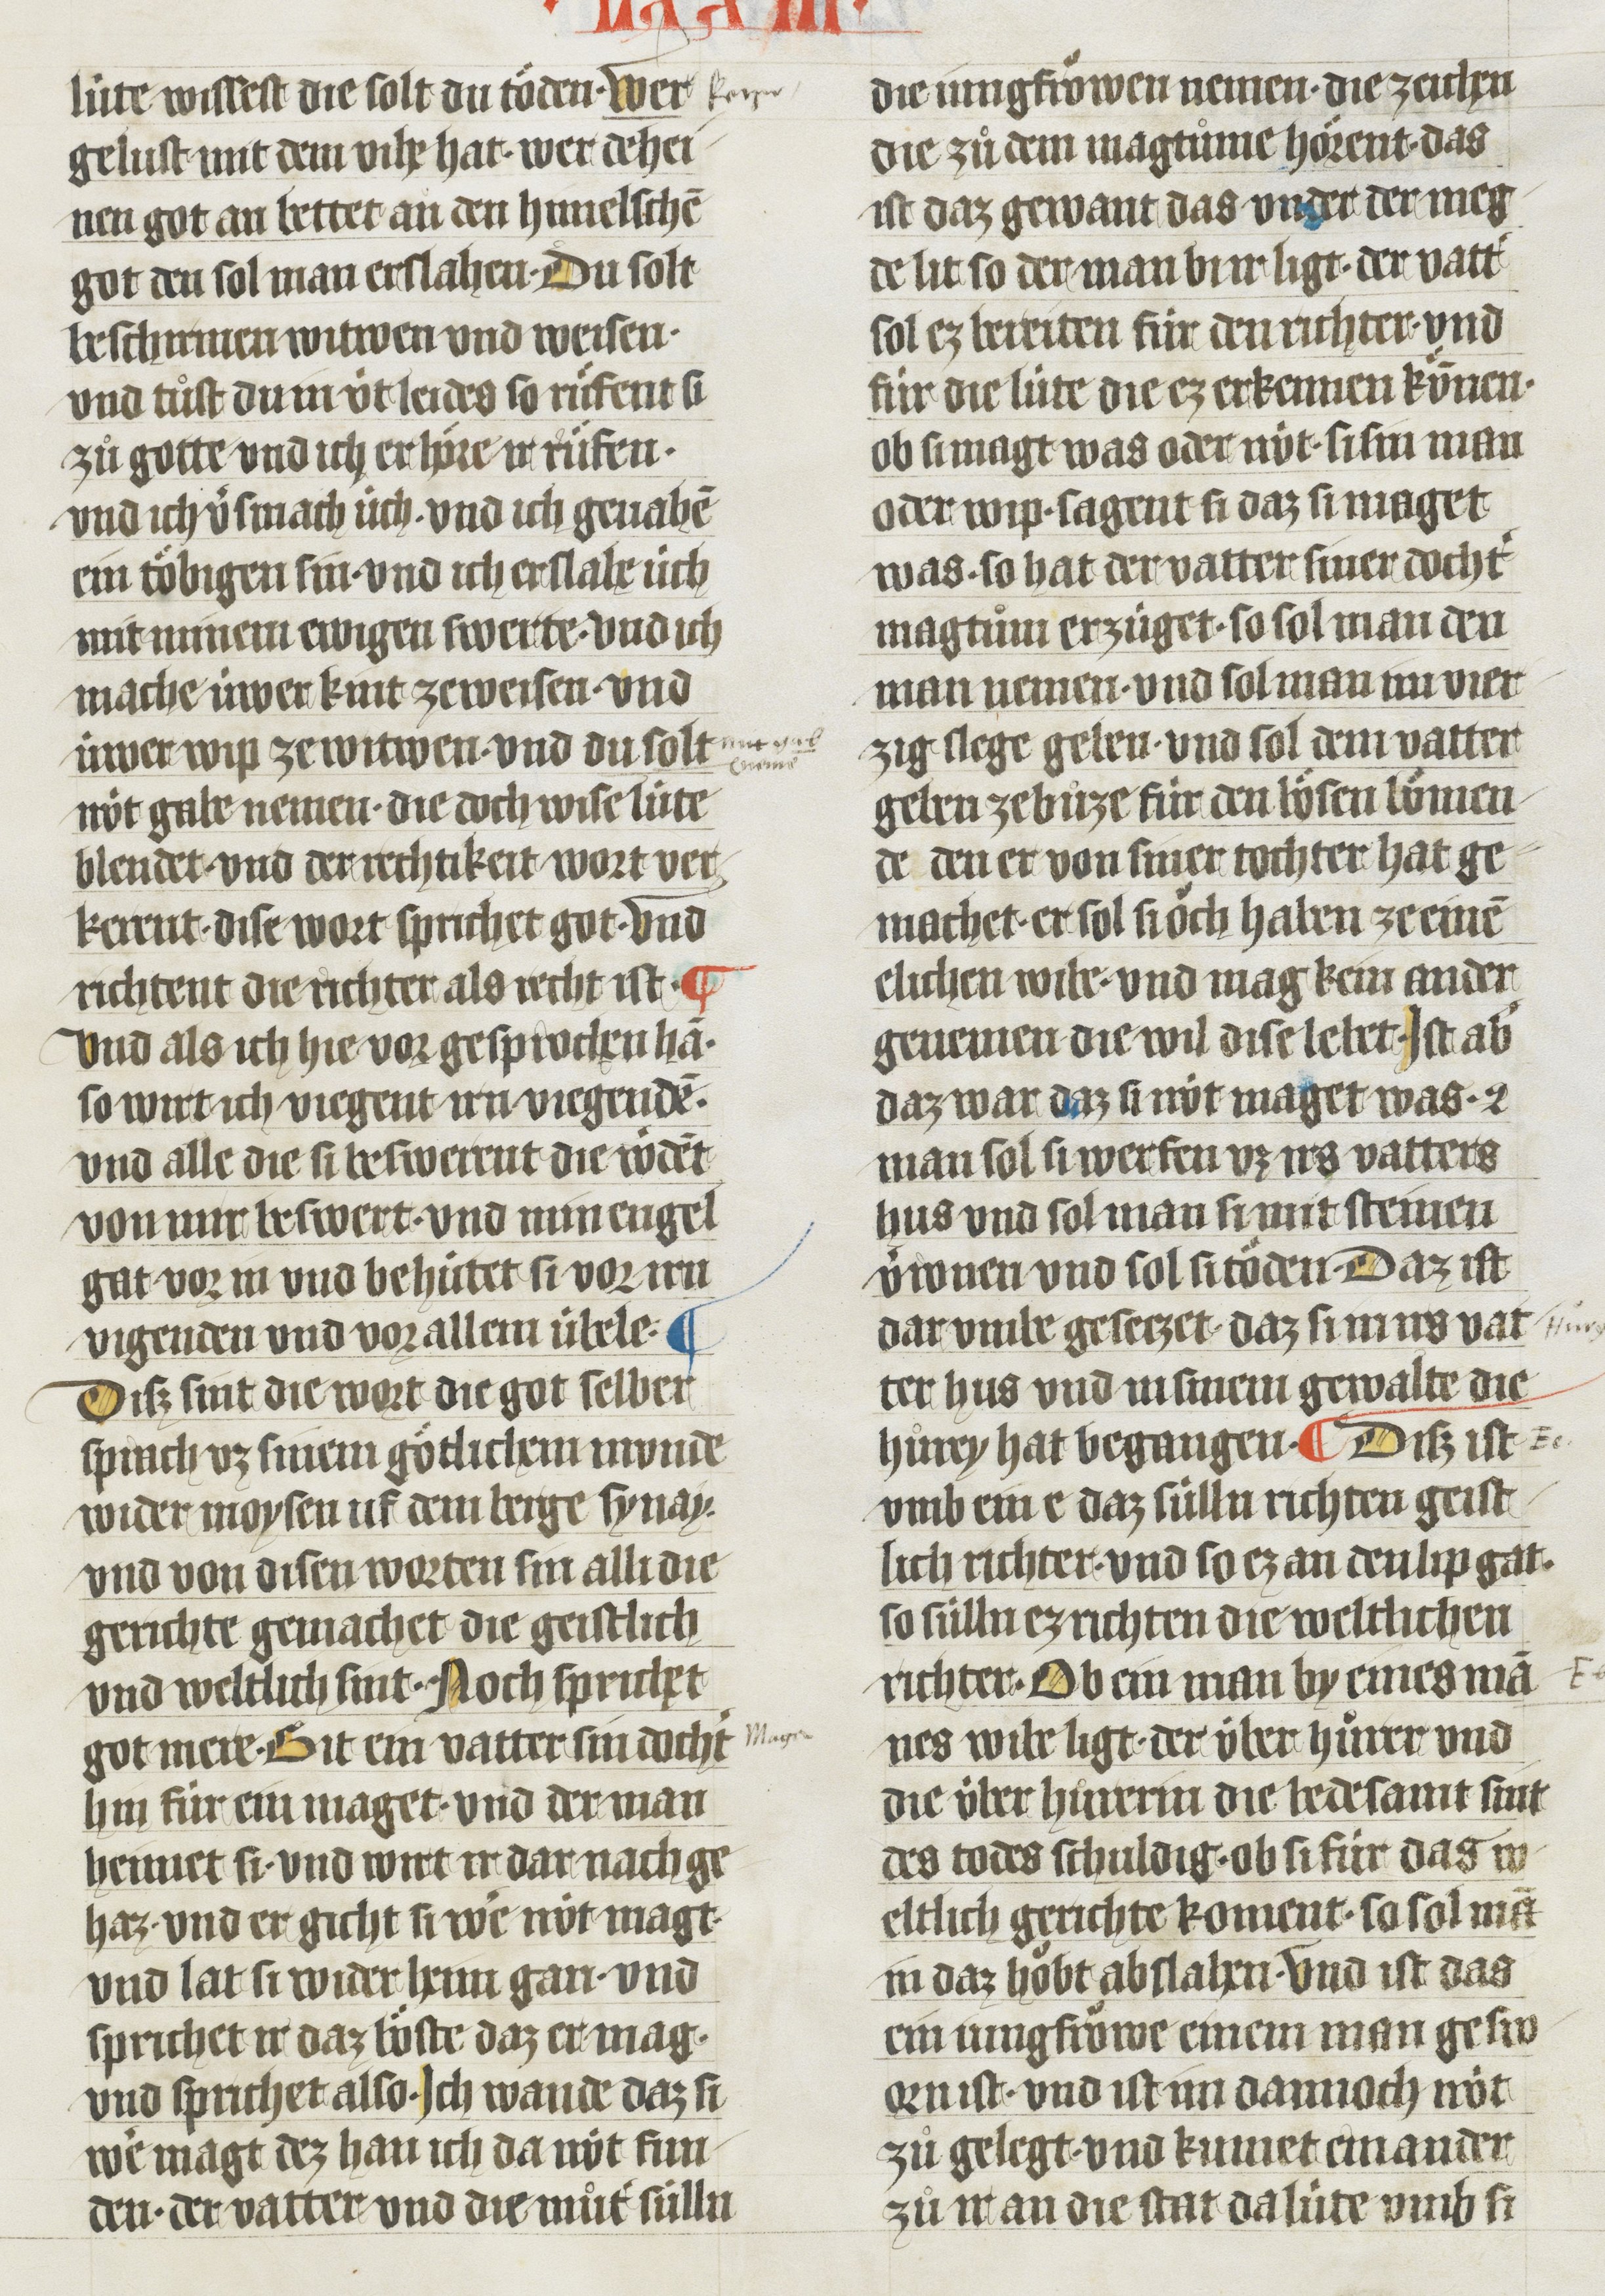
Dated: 1410–1410